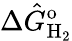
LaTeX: \Delta\hat{G}_{\mathrm{H_{2}}}^{\mathrm{o}}